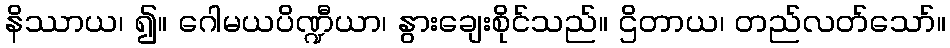
နိဿာယ၊ ၍။ ဂေါမယပိဏ္ဍီယာ၊ နွားချေးစိုင်သည်။ ဌိတာယ၊ တည်လတ်သော်။